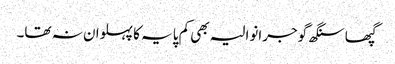
گپھا سنگھ گوجرانوالیہ بھی کم پایہ کا پہلوان نہ تھا۔